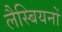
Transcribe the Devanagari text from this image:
लैस्बियनों